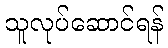
သူလုပ်ဆောင်ရန်